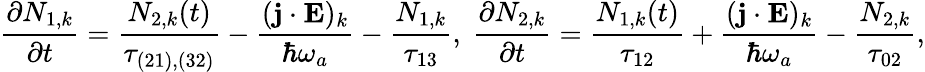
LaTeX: \frac{\partial N_{1,k}}{\partial t}=\frac{N_{2,k}(t)}{\tau_{(21),(32)}}-\frac{(\mathbf{j}\cdot\mathbf{E})_{k}}{\hbar\omega_{a}}-\frac{N_{1,k}}{\tau_{13}}\mathrm{,~}\frac{\partial N_{2,k}}{\partial t}=\frac{N_{1,k}(t)}{\tau_{12}}+\frac{(\mathbf{j}\cdot\mathbf{E})_{k}}{\hbar\omega_{a}}-\frac{N_{2,k}}{\tau_{02}}\mathrm{,}